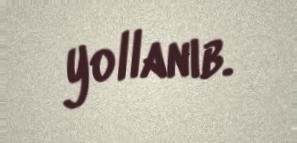
yollanıb.